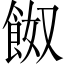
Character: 𩛂